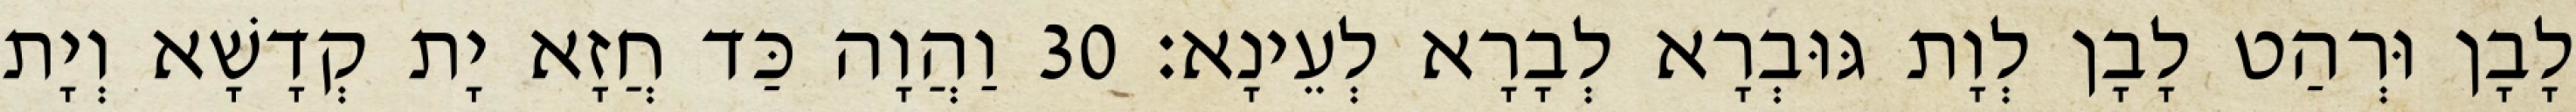
לָבָן וּרְהַט לָבָן לְוָת גּוּבְרָא לְבָרָא לְעֵינָא׃ 30 וַהֲוָה כַּד חֲזָא יָת קְדָשָׁא וְיָת